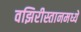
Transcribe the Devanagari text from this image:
वझिरीस्तानमध्ये